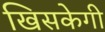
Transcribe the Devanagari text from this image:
खिसकेगी